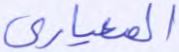
المعياري